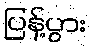
ပြန့်ပွား